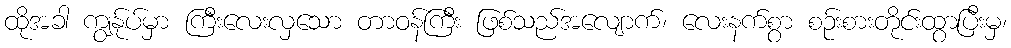
ထိုအခါ ကျွန်ုပ်မှာ ကြီးလေးလှသော တာဝန်ကြီး ဖြစ်သည်အလျောက်၊ လေးနက်စွာ စဉ်းစားတိုင်းထွာပြီးမှ၊